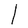
Character: l